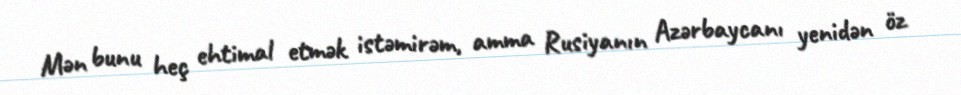
Mən bunu heç ehtimal etmək istəmirəm, amma Rusiyanın Azərbaycanı yenidən öz